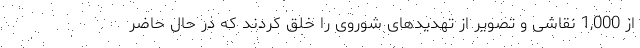
از 1,000 نقاشی و تصویر از تهدیدهای شوروی را خلق کردند که در حال حاضر